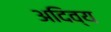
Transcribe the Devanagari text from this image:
अदिव्य